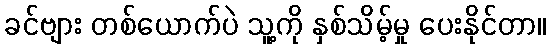
ခင်ဗျား တစ်ယောက်ပဲ သူ့ကို နှစ်သိမ့်မှု ပေးနိုင်တာ။